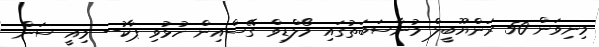
މިނިވަން 50 ރަންޔޫބީލް މުނާސަބަތުގައި މޯލްޑިވް ގޭސްއިން ހުޅުވި ޕާކު-- މިއީ ސަން